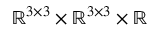
\mathbb { R } ^ { 3 \times 3 } \times \mathbb { R } ^ { 3 \times 3 } \times \mathbb { R }